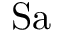
\mathrm { S a }